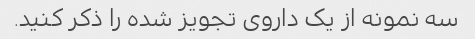
سه نمونه از یک داروی تجویز شده را ذکر کنید.